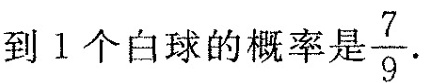
得到1个白球的概率是\frac{7}{9} .